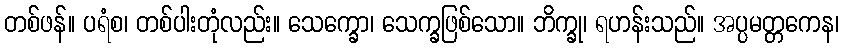
တစ်ဖန်။ ပရံစ၊ တစ်ပါးတုံလည်း။ သေက္ခော၊ သေက္ခဖြစ်သော။ ဘိက္ခု၊ ရဟန်းသည်။ အပ္ပမတ္တကေန၊